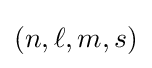
(n,\ell ,m,s)